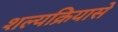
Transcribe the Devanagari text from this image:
शल्यक्रियासे